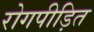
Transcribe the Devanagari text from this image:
रोगपीड़ित